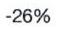
-26%